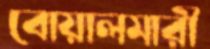
বোয়ালমারী